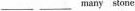
______many stone